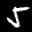
Label: 5